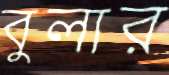
বুলার